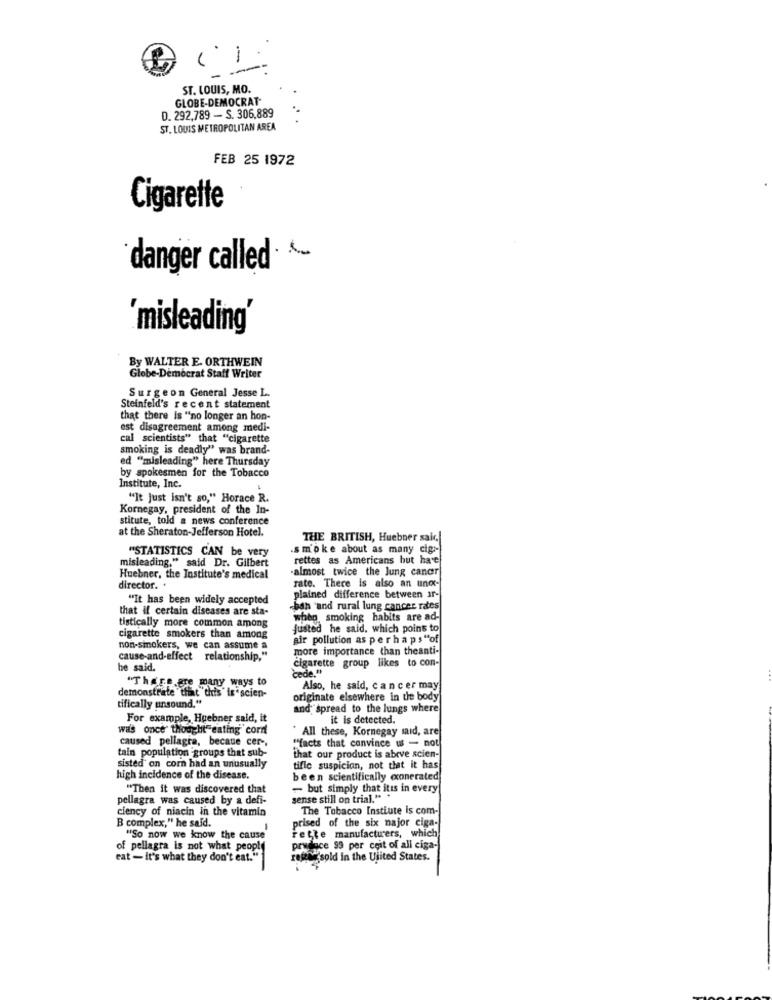
-
ST. LOUIS, MO.
GLOBE-DEMOCRAT
D. 292,789 - S. 306,889
ST. LOUIS METROPOLITAN AREA
FEB 25 1972
Cigarette
danger called
'misleading'
By WALTER E. ORTHWEIN
Globe-Democrat Staff Writer
Surgeon General Jesse L.
Steinfeld's recent statement
that there is "no longer an hon-
est disagreement among medi-
cal scientists" that "cigarette
smoking is deadly" was brand-
ed "misleading" here Thursday
by spokesmen for the Tobacco
Institute, Inc.
"It Just isn't so," Horace R.
Kornegay, president of the In-
stitute, told a news conference
at the Sheraton-Jefferson Hotel.
THE BRITISH, Huebner saic,
"STATISTICS CAN be very
.smoke about as many cigs-
misleading," said Dr. Gilbert
rettes as Americans but have
almost twice the lung cancer
Huebner, the Institute's medical
rate. There is also an unor-
director. .
"It has been widely accepted
plained difference between ir-
that if certain diseases are sta-
bah and rural lung cancer rates
when, smoking habits are ad-
tistically more common among
justed he said, which poins to
cigarette smokers than among
air pollution as perhaps"of
non-smokers, we can assume a
more importance than theanti-
cause-and-effect relationship,"
cigarette group likes to con-
he said.
cede."
"There are many ways to
Also, he said, cancer may
demonstrate that "this is'scien-
originate elsewhere in the body
tifically unsound."
and spread to the lungs where
For example, Huebner said, it
it is detected.
was once thought"eating corn
* All these, Kornegay said, are
caused pellagra, becaue cer -,
"facts that convince w - not
tain population groups that sub-
that our product is abrve scien-
sisted' on corn had an unusually
tifle suspicion, not that it has
high incidence of the disease.
been scientifically exonerated
"Then it was discovered that
- but simply that itis in every
pellagra was caused by a defi-
sense still on trial." "
ciency of niacin in the vitamin
The Tobacco Instiute is com-
B complex," he said.
prised of the six najor ciga-
"So now we know the cause
rette manufacturers, which
of pellagra is not what people
prudace 99 per coit of all ciga-
eat - it's what they don't eat."
hesold In the Ujited States.